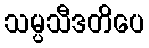
သမ္ပသီဒတိပေ